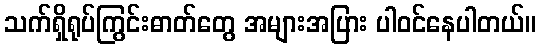
သက်ရှိရုပ်ကြွင်းဓာတ်တွေ အများအပြား ပါဝင်နေပါတယ်။